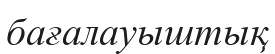
бағалауыштық